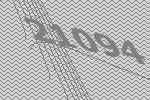
21094